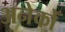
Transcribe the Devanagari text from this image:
अनेकोँ